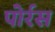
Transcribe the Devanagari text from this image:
पोर्रस